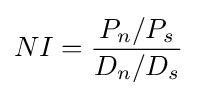
NI={\frac {P_{n}/P_{s}}{D_{n}/D_{s}}}